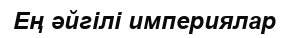
Ең әйгілі империялар